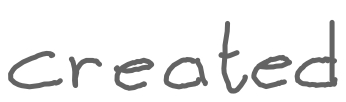
Text: created
Cross-out: clean
Writing tool: digital_gray